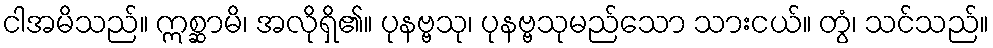
ငါအမိသည်။ ဣစ္ဆာမိ၊ အလိုရှိ၏။ ပုနဗ္ဗသု၊ ပုနဗ္ဗသုမည်သော သားငယ်။ တွံ၊ သင်သည်။